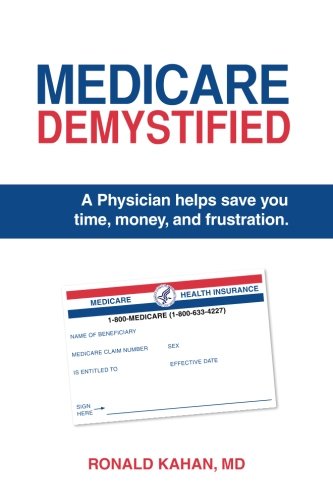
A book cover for Medicare Demystified: A Physician Helps Save You Time, Money, and Frustration.; Ronald Kahan MD; Medical Books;